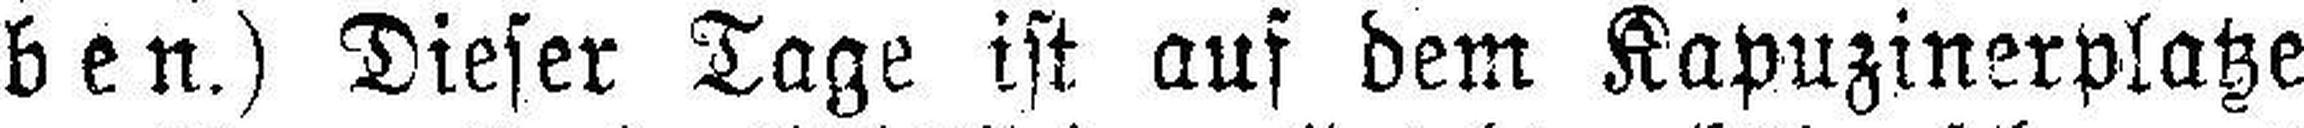
ben.) Dieser Tage ist auf dem Kapuzinerplatze